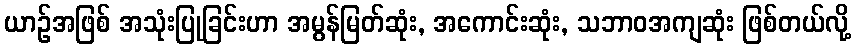
ယာဉ်အဖြစ် အသုံးပြုခြင်းဟာ အမွန်မြတ်ဆုံး, အကောင်းဆုံး, သဘာဝအကျဆုံး ဖြစ်တယ်လို့